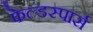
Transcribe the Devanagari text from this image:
फेल्डस्पार्स